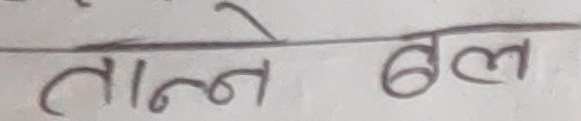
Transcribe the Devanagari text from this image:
तान्ने बल